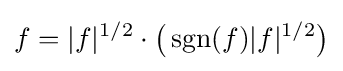
f=|f|^{1/2}\cdot {\big (}\operatorname {sgn} (f)|f|^{1/2}{\big )}